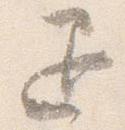
退